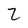
Character: 2